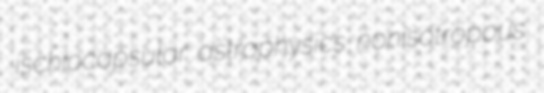
ischiocapsular astrophysics nonisotropous